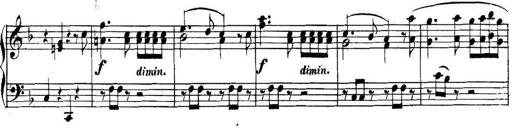
Title: Collected Piano Sonatas
Composer: Muzio Clementi